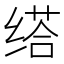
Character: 𦈘